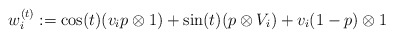
\begin{align*}w_{i}^{(t)}:=\cos(t)(v_ip \otimes 1) + \sin(t)(p \otimes V_{i})+v_{i}(1-p) \otimes 1\end{align*}